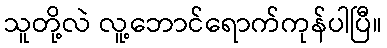
သူတို့လဲ လူ့ဘောင်ရောက်ကုန်ပါပြီ။